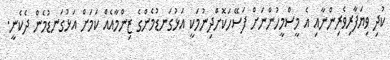
ކުދި ވިޔަފާރިވެރިންނާއި އެ މީސްމީހުންނަށް ފަސޭހަކޮށްދިނުމަކީ އަޅުގަނޑުމެންގެ ޒިންމާއެއް ކަމަށް އަޅުގަނޑުމެން ދެކެނީ.